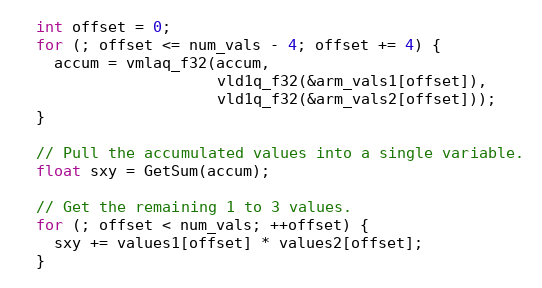
Language: C++
  int offset = 0;
  for (; offset <= num_vals - 4; offset += 4) {
    accum = vmlaq_f32(accum,
                      vld1q_f32(&arm_vals1[offset]),
                      vld1q_f32(&arm_vals2[offset]));
  }

  // Pull the accumulated values into a single variable.
  float sxy = GetSum(accum);

  // Get the remaining 1 to 3 values.
  for (; offset < num_vals; ++offset) {
    sxy += values1[offset] * values2[offset];
  }